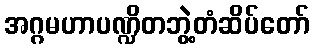
အဂ္ဂမဟာပဏ္ဍိတဘွဲ့တံဆိပ်တော်